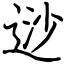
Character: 逤